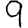
Digit: 9